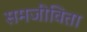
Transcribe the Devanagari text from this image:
समजीविता